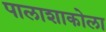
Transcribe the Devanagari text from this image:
पालाशाकोला